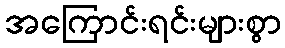
အကြောင်းရင်းများစွာ